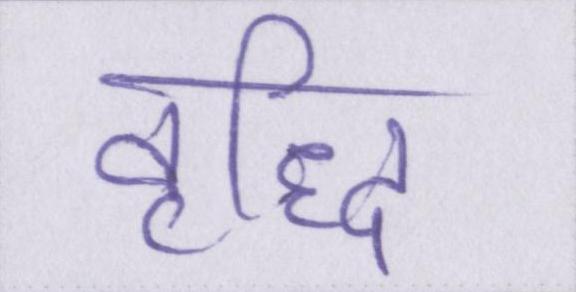
वृद्धि